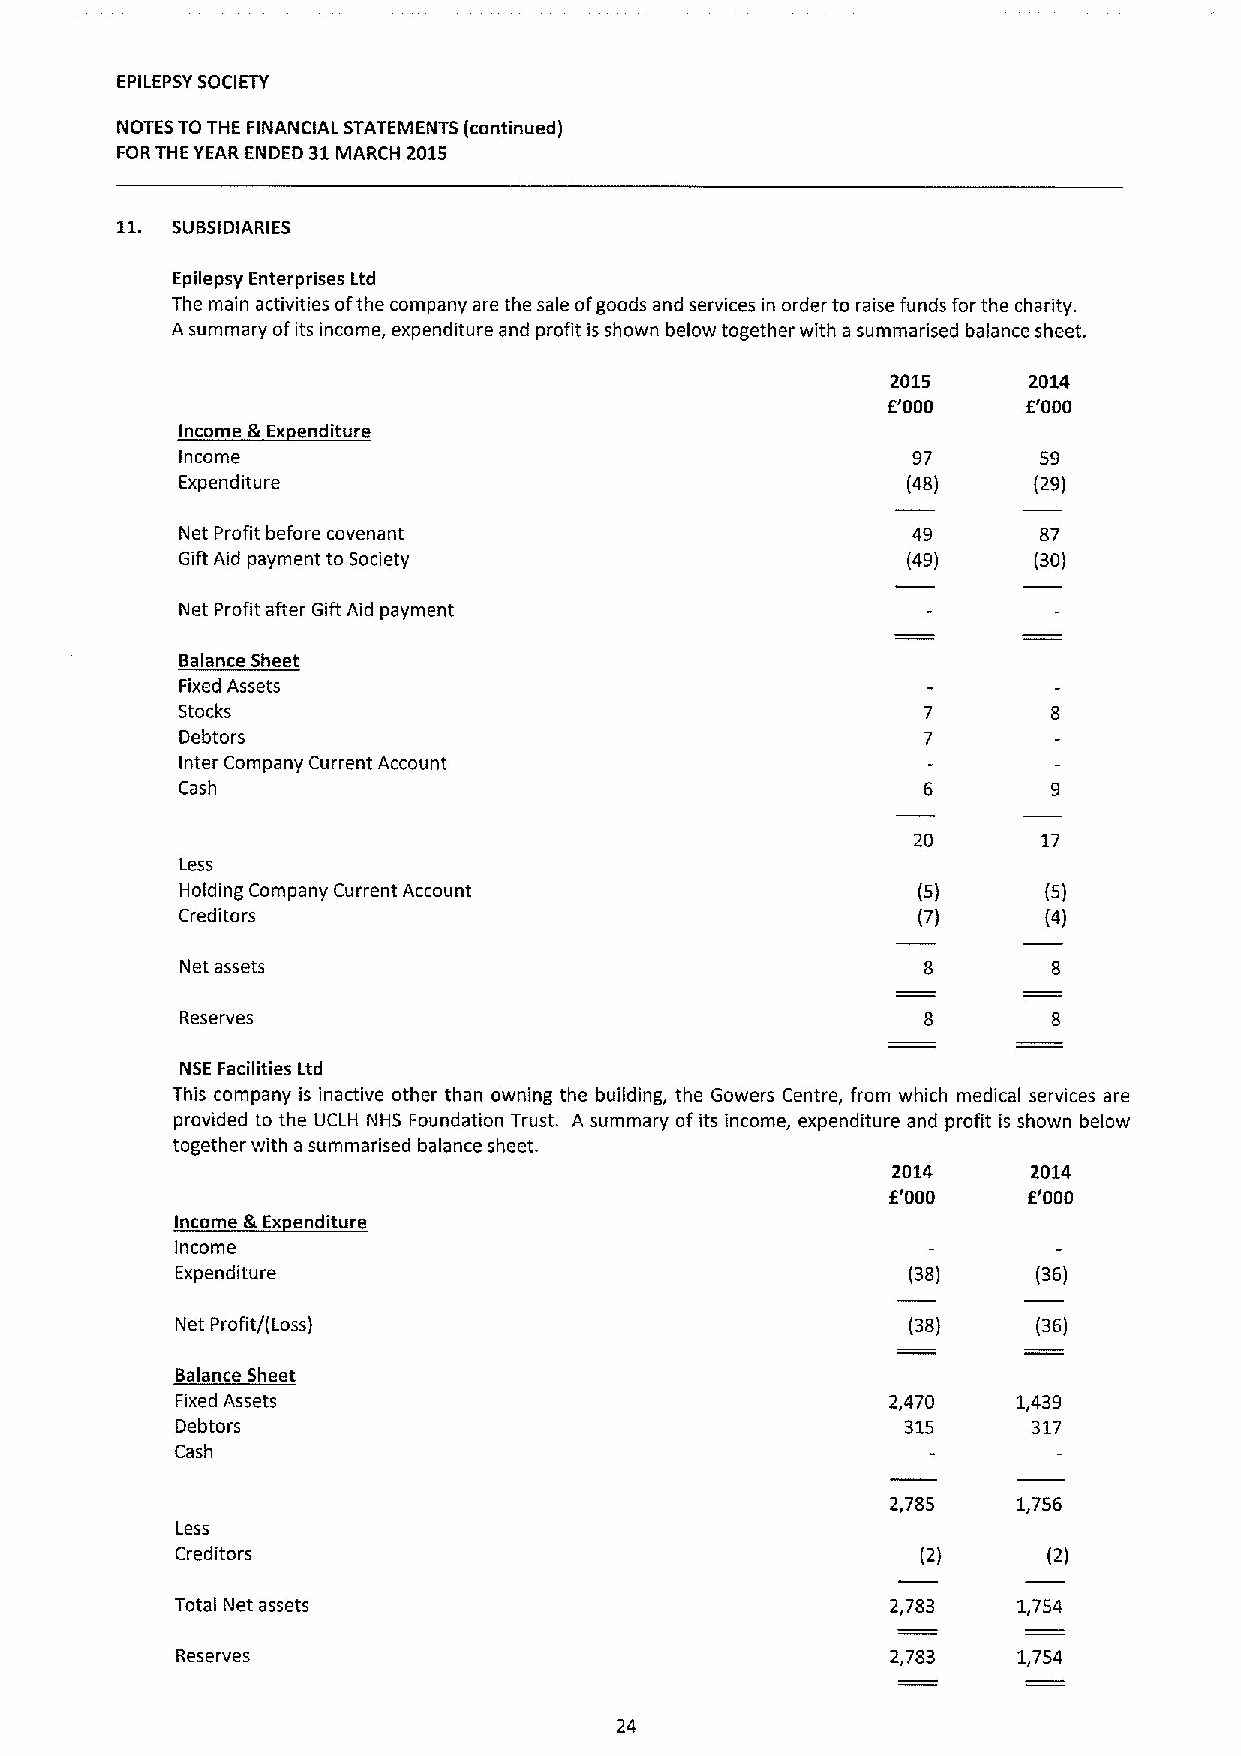
EPILEPSYSOCIETY
 NOTES TO THE FINANCIAL STATEMENTS (continued)
 FORTHE YEAR ENDED 31MARCH 2015
 11.
 SUBSIDIARIES
 Epilepsy Enterprises Ltd
 The main activities ofthe company are the sale ofgoods and services in order to raise funds for the charity.
 A summary ofits income, expenditure and profit is shown below together with a summa rised balance sheet.
 2015     2014
 E'000    E'000
 Income &Ex enditure
 Income                                          97       59
 Expenditure                                     (48)    (29)
 Net Profit before covenant                      49       87
 Gift Aid payment to Society                     (49)    (30)
 Net Profit after Gift Aid payment
 Balance Sheet
 Fixed Assets
 Stocks
 Debtors
 Inter Company Current Account
 Cash
 20       17
 Less
 Holding Company Current Account                  (5)     (5)
 Creditors                                        (7)     (4)
 Net assets                                       8
 Reserves
 NSE Facilities Ltd
 This company is inactive other than owning the building, the Gowers Centre, from which medical services are
 provided to the UCLH NHS Foundation Trust. A summary of its income, expenditure and profit is shown below
 together with a summarised balance sheet.
 2014     2014
 E'000    E'000
 Income &Ex enditure
 Income
 Expenditure                                     (38)     (36)
 Net Profit/(Loss)                               (38)     (36)
 Balance Sheet
 Fixed Assets                                   2,470   1,439
 Debtors                                         315     317
 Cash
 2,785   1,756
 Less
 Creditors                                        (2)     (2)
 Total Net assets                               2,783   1,754
 Reserves                                       2,783   1,754
 24